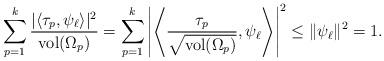
LaTeX: \begin{align*}\sum_{p=1}^{k}\frac{|\langle \tau_p,\psi_\ell\rangle|^2}{\mathrm{vol}(\Omega_p)}=\sum_{p=1}^{k}\left|\left\langle \frac{\tau_p}{\sqrt{\mathrm{vol}(\Omega_p)}},\psi_\ell\right\rangle\right|^2\leq \Vert \psi_\ell\Vert^2=1.\end{align*}